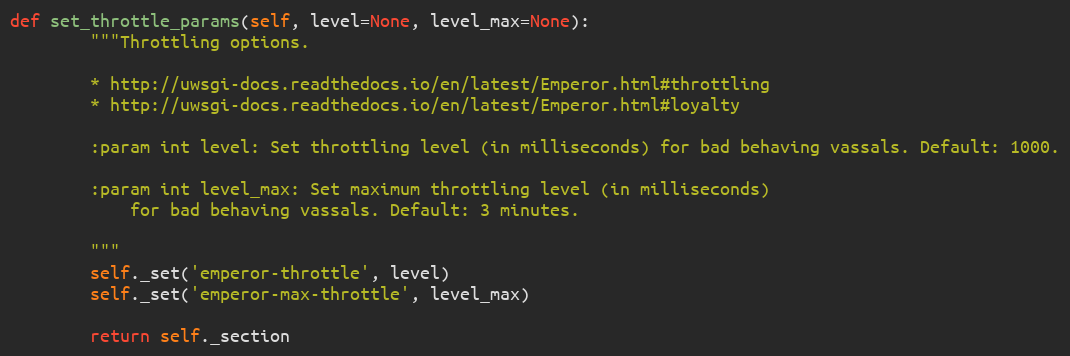
Language: Python
def set_throttle_params(self, level=None, level_max=None):
        """Throttling options.

        * http://uwsgi-docs.readthedocs.io/en/latest/Emperor.html#throttling
        * http://uwsgi-docs.readthedocs.io/en/latest/Emperor.html#loyalty

        :param int level: Set throttling level (in milliseconds) for bad behaving vassals. Default: 1000.

        :param int level_max: Set maximum throttling level (in milliseconds)
            for bad behaving vassals. Default: 3 minutes.

        """
        self._set('emperor-throttle', level)
        self._set('emperor-max-throttle', level_max)

        return self._section